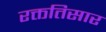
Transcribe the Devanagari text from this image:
रक्ततिसार